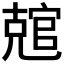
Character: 𰍛